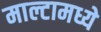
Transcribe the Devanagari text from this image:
माल्टामध्ये